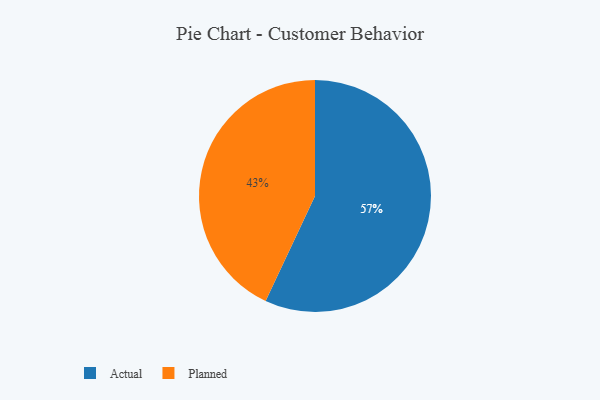
{"axis": {"x": "Category", "y": "Percentage"}, "legend": ["Actual", "Planned"], "data": [{"x": "Planned", "y": 43, "type": "Planned"}, {"x": "Actual", "y": 57, "type": "Actual"}]}